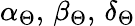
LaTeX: \alpha_{\Theta},\, \beta_{\Theta},\, \delta_{\Theta}